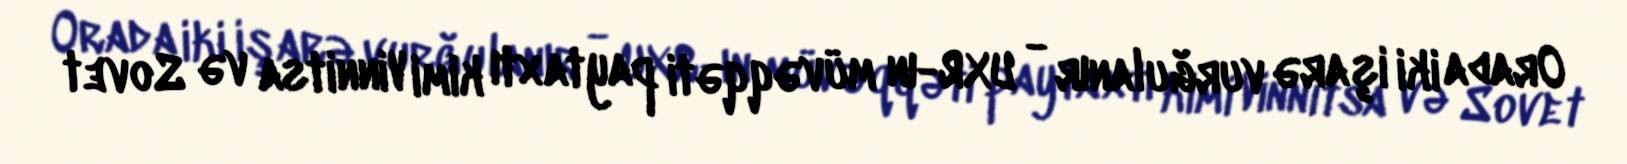
Orada iki işarə vurğulanır - UXR-ın müvəqqəti paytaxtı kimi Vinnitsa və Sovet